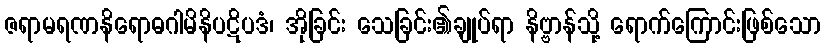
ဇရာမရဏနိရောဓဂါမိနိပဋိပဒံ၊ အိုခြင်း သေခြင်း၏ချုပ်ရာ နိဗ္ဗာန်သို့ ရောက်ကြောင်းဖြစ်သော